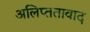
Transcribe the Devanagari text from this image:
अलिप्ततावाद